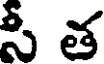
సీ త